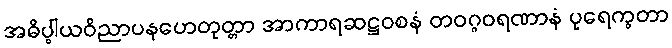
အဓိပ္ပါယဝိညာပနဟေတုတ္တာ အာကာရဆဋ္ဌဝစနံ တဝဂ္ဂဝရဏာနံ ပုရေက္ခတာ